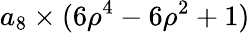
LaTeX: a_{8}\times(6\rho^{4}-6\rho^{2}+1)